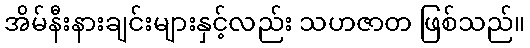
အိမ်နီးနားချင်းများနှင့်လည်း သဟဇာတ ဖြစ်သည်။